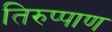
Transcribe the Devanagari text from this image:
तिरुप्पाण